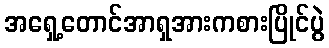
အရှေ့တောင်အာရှအားကစားပြိုင်ပွဲ